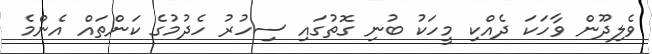
ވެލިދޫން ވާހަކަ ދެއްކި މީހަކު ބުނި ގޮތުގައި ސިހުރު ހެދުމުގެ ކަންތައް އެންމެ